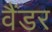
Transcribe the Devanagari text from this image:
वैंडर